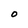
Character: O